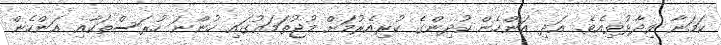
ކަމަނާ ވިދާޅުވިއެވެ. އަދި އަންހެން ކުދިންގެ ކުރިއެރުމަށް މުޖުތަމަޢުގައި ހުންނަ ހުރަސްތަކާއި އަންހެން